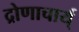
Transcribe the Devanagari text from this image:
द्रोणाचार्य्